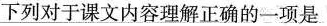
下列对于课文内容理解正确的一项是